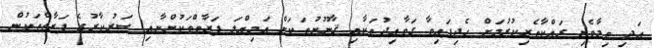
އަދި ތިމާވެށި ރައްކާތެރިކުރުމަށް ހެދިފައިވާ ގަވާއިދުތަކާއި ޤާނޫނުތަކަށް އަމިއްލަ ފަރާތްތަކުންނާއި ސަރުކާރުގެ ފަރާތްތަކުން